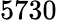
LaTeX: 5730